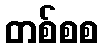
တစ်စစ